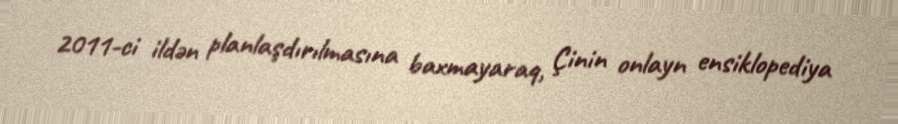
2011-ci ildən planlaşdırılmasına baxmayaraq, Çinin onlayn ensiklopediya